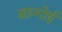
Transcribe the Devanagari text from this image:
डान्गोई